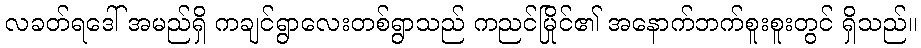
လခတ်ရဒေါ် အမည်ရှိ ကချင်ရွာလေးတစ်ရွာသည် ကညင်မြိုင်၏ အနောက်ဘက်စူးစူးတွင် ရှိသည်။